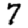
Digit: 7